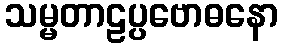
သမ္မတာဠပ္ပဗောဓနော